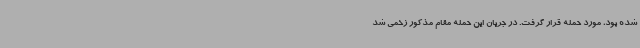
شده بود، مورد حمله قرار گرفت. در جریان این حمله مقام مذکور زخمی شد